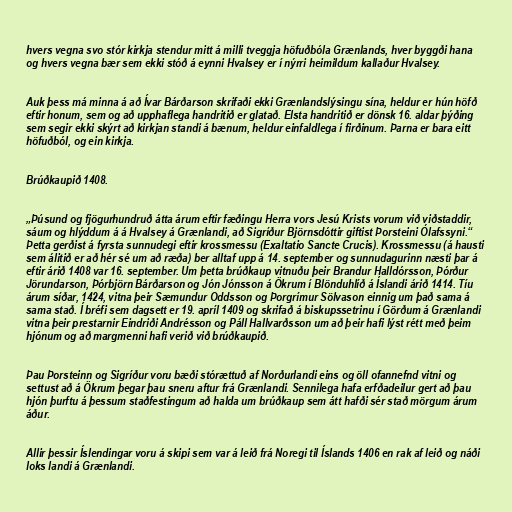
hvers vegna svo stór kirkja stendur mitt á milli tveggja höfuðbóla Grænlands, hver byggði hana
og hvers vegna bær sem ekki stóð á eynni Hvalsey er í nýrri heimildum kallaður Hvalsey.

Auk þess má minna á að Ívar Bárðarson skrifaði ekki Grænlandslýsingu sína, heldur er hún höfð
eftir honum, sem og að upphaflega handritið er glatað. Elsta handritið er dönsk 16. aldar þýðing
sem segir ekki skýrt að kirkjan standi á bænum, heldur einfaldlega í firðinum. Þarna er bara eitt
höfuðból, og ein kirkja.

Brúðkaupið 1408.

„Þúsund og fjögurhundruð átta árum eftir fæðingu Herra vors Jesú Krists vorum við viðstaddir,
sáum og hlýddum á á Hvalsey á Grænlandi, að Sigríður Björnsdóttir giftist Þorsteini Ólafssyni.“
Þetta gerðist á fyrsta sunnudegi eftir krossmessu (Exaltatio Sancte Crucis). Krossmessu (á hausti
sem álitið er að hér sé um að ræða) ber alltaf upp á 14. september og sunnudagurinn næsti þar á
eftir árið 1408 var 16. september. Um þetta brúðkaup vitnuðu þeir Brandur Halldórsson, Þórður
Jörundarson, Þórbjörn Bárðarson og Jón Jónsson á Ökrum í Blönduhlíð á Íslandi árið 1414. Tíu
árum síðar, 1424, vitna þeir Sæmundur Oddsson og Þorgrímur Sölvason einnig um það sama á
sama stað. Í bréfi sem dagsett er 19. apríl 1409 og skrifað á biskupssetrinu í Görðum á Grænlandi
vitna þeir prestarnir Eindriði Andrésson og Páll Hallvarðsson um að þeir hafi lýst rétt með þeim
hjónum og að margmenni hafi verið við brúðkaupið.

Þau Þorsteinn og Sigríður voru bæði stórættuð af Norðurlandi eins og öll ofannefnd vitni og
settust að á Ökrum þegar þau sneru aftur frá Grænlandi. Sennilega hafa erfðadeilur gert að þau
hjón þurftu á þessum staðfestingum að halda um brúðkaup sem átt hafði sér stað mörgum árum
áður.

Allir þessir Íslendingar voru á skipi sem var á leið frá Noregi til Íslands 1406 en rak af leið og náði
loks landi á Grænlandi.